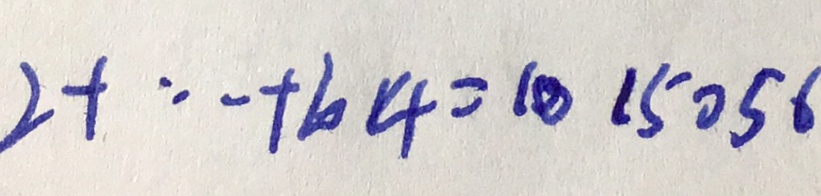
2 + \cdots + 2 0 1 4 = 1 0 1 5 0 5 6